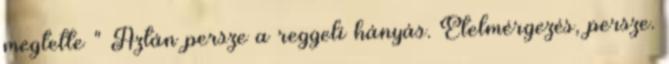
megtette " Aztán persze a reggeli hányás. Ételmérgezés, persze.